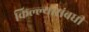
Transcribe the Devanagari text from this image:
किल्ल्यासंबधी